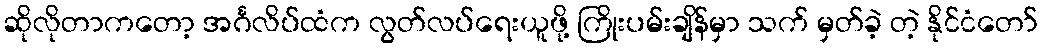
ဆိုလိုတာကတော့ အင်္ဂလိပ်ထံက လွတ်လပ်ရေးယူဖို့ ကြိုးပမ်းချိန်မှာ သက် မှတ်ခဲ့ တဲ့ နိုင်ငံတော်